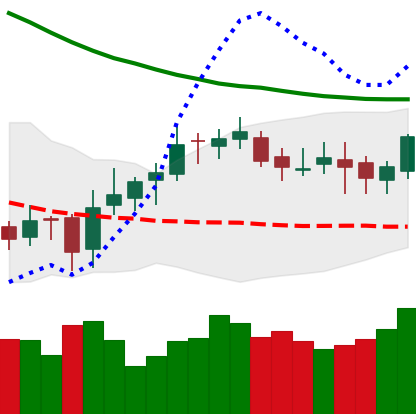
Ticker: DOGE-USD
Chart end date: 2019-03-27
Forward return: 18.034%
Label: up_7plus